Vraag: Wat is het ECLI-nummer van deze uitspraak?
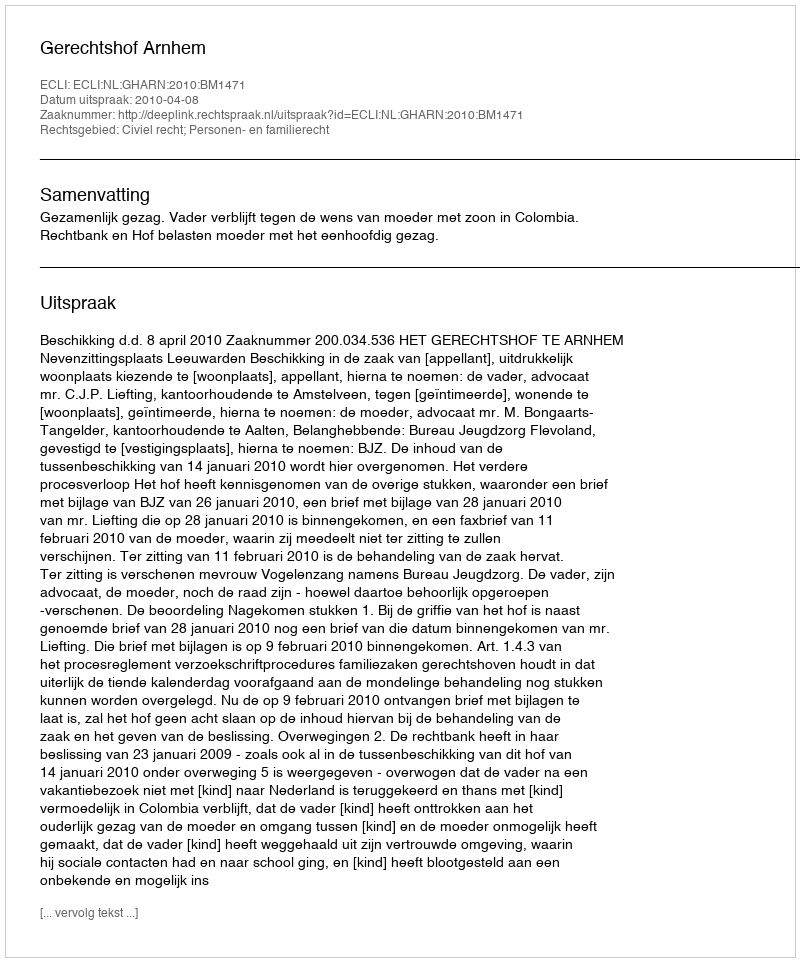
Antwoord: ECLI:NL:GHARN:2010:BM1471